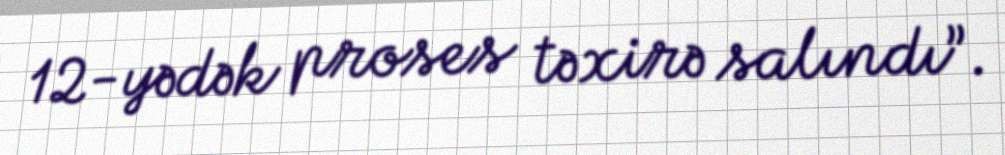
12-yədək proses təxirə salındı”.